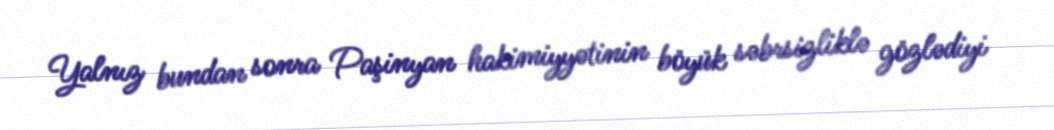
Yalnız bundan sonra Paşinyan hakimiyyətinin böyük səbrsizliklə gözlədiyi